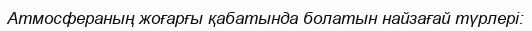
Атмосфераның жоғарғы қабатында болатын найзағай түрлері: